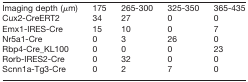
<table><thead><tr><td><b>Imaging depth (μm)</b></td><td><b>175</b></td><td><b>265-300</b></td><td><b>325-350</b></td><td><b>365-435</b></td></tr></thead><tbody><tr><td>Cux2-CreERT2</td><td>34</td><td>27</td><td>0</td><td>0</td></tr><tr><td>Emx1-IRES-Cre</td><td>15</td><td>10</td><td>0</td><td>7</td></tr><tr><td>Nr5a1-Cre</td><td>0</td><td>3</td><td>26</td><td>0</td></tr><tr><td>Rbp4-Cre_KL100</td><td>0</td><td>0</td><td>0</td><td>23</td></tr><tr><td>Rorb-IRES2-Cre</td><td>0</td><td>32</td><td>0</td><td>0</td></tr><tr><td>Scnn1a-Tg3-Cre</td><td>0</td><td>2</td><td>7</td><td>0</td></tr></tbody></table>